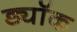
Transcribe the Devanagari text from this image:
ड्यॉक